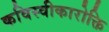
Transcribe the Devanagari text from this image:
कविस्वीकारोक्ति